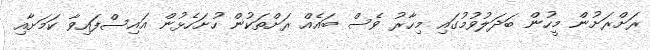
ރަށްރަށުން މީހުން ބަދަލުވުމުގައި މިހާރު ވެސް ބައެއް ރަށްތަކުން ހުށަހެޅުން އައިސްފައިވާ ކަމަށާއި